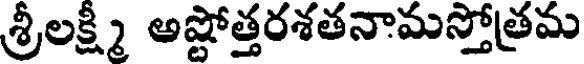
శ్రీలక్ష్మి అష్టోత్తరశతనామస్తోత్రమ